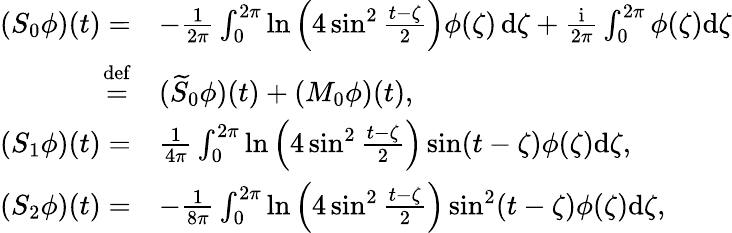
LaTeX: \begin{array}{rl}{(S_{0}\phi)(t)=}&{-\frac{1}{2\pi}\int_{0}^{2\pi}\ln\Big(4\sin^{2}\frac{t-\zeta}{2}\Big)\phi(\zeta)\, \mathrm{d}\zeta+\frac{\mathrm{i}}{2\pi}\int_{0}^{2\pi}\phi(\zeta)\mathrm{d}\zeta}\\ {\overset{\mathrm{def}}{=}}&{(\widetilde{S}_{0}\phi)(t)+(M_{0}\phi)(t),}\\ {(S_{1}\phi)(t)=}&{\frac{1}{4\pi}\int_{0}^{2\pi}\ln\Big(4\sin^{2}\frac{t-\zeta}{2}\Big)\sin(t-\zeta)\phi(\zeta)\mathrm{d}\zeta,}\\ {(S_{2}\phi)(t)=}&{-\frac{1}{8\pi}\int_{0}^{2\pi}\ln\Big(4\sin^{2}\frac{t-\zeta}{2}\Big)\sin^{2}(t-\zeta)\phi(\zeta)\mathrm{d}\zeta,}\end{array}